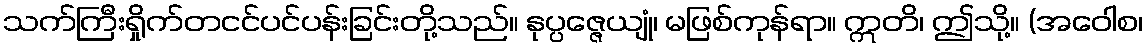
သက်ကြီးရှိုက်တငင်ပင်ပန်းခြင်းတို့သည်။ နုပ္ပဇ္ဇေယျုံ၊ မဖြစ်ကုန်ရာ။ ဣတိ၊ ဤသို့။ (အဝေါစ၊